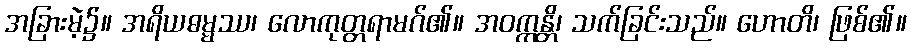
အခြားမဲ့၌။ အရိယဓမ္မဿ၊ လောကုတ္တရာမဂ်၏။ အဝက္ကန္တိ၊ သက်ခြင်းသည်။ ဟောတိ၊ ဖြစ်၏။